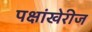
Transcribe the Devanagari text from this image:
पक्षांखेरीज